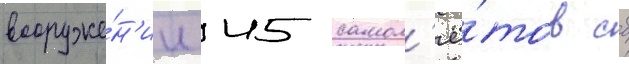
вооруже́н'ии 45 самол'ё́тов сб